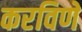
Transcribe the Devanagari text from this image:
करविणें